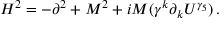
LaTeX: H ^ { 2 } = - \partial ^ { 2 } + M ^ { 2 } + i M ( \gamma ^ { k } \partial _ { k } U ^ { \gamma _ { 5 } } ) \, .